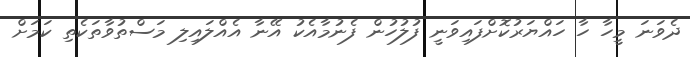
ދެވަނަ މީހާ ހާ ހައްޔަރުކޮށްފައިވަނީ ފުލުހުން ފެނުމާއެކު އޭނާ އެއްލައިލި މަސްތުވާތަކެތި ކަމަށް